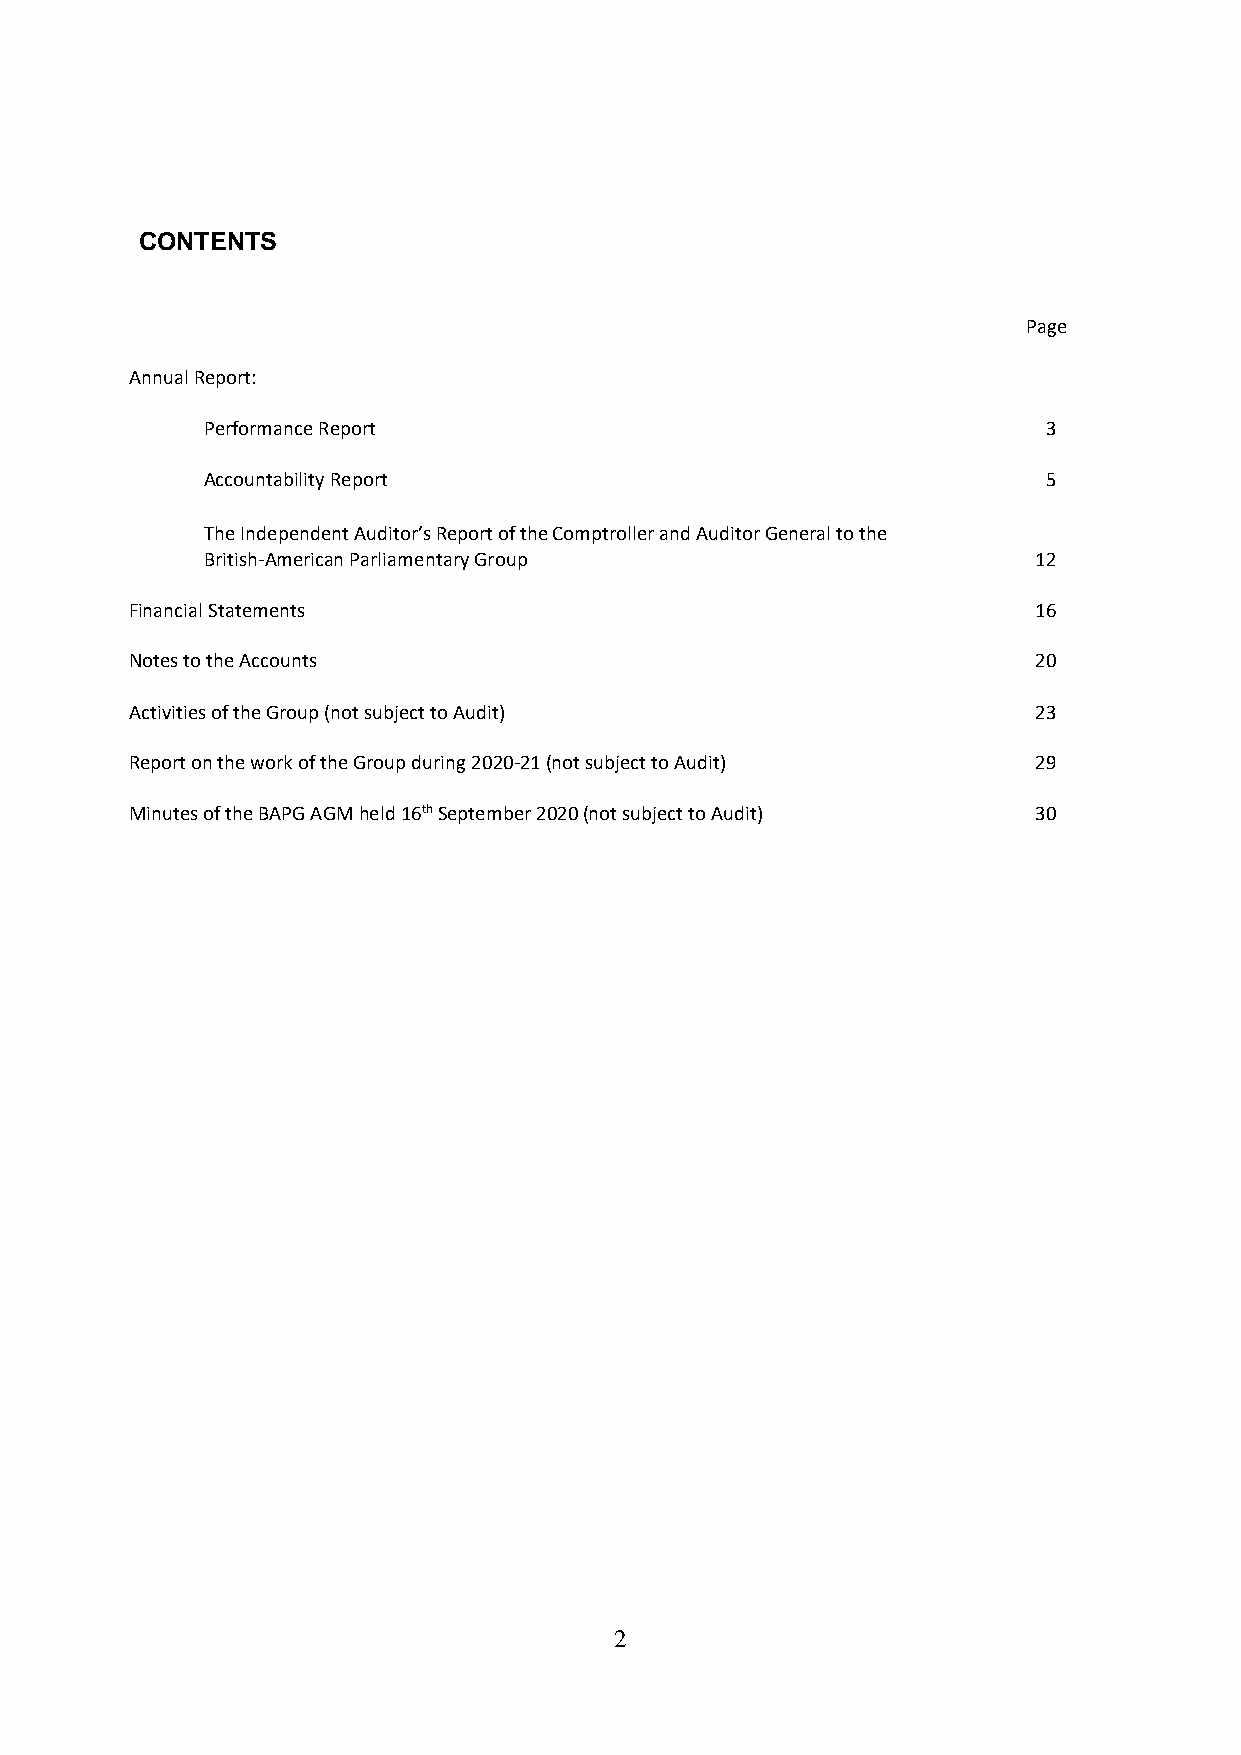
CONTENTS
 Page
 Annual Report:
 Performance Report                                     3
 Accountability Report                                  5
 The Independent Auditor’s Report of the Comptroller and Auditor General to the
 British-American Parliamentary Group                  12
 Financial Statements                                       16
 Notes to the Accounts                                      20
 Activities of the Group (not subject to Audit)             23
 Report on the work of the Group during 2020-21 (not subject to Audit) 29
 Minutes of the BAPG AGM held 16th September 2020 (not subject to Audit) 30
 2